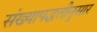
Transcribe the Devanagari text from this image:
संख्यापद्धतीनुसार